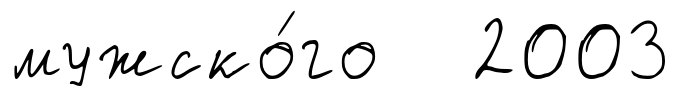
мужско́го 2003